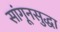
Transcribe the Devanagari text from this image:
सांगूनसुद्धा